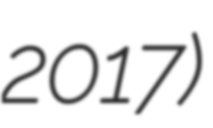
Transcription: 2017)